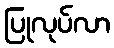
ပြုလုပ်လာ